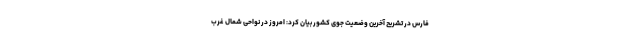
فارس در تشریح آخرین وضعیت جوی کشور بیان کرد: امروز در نواحی شمال غرب